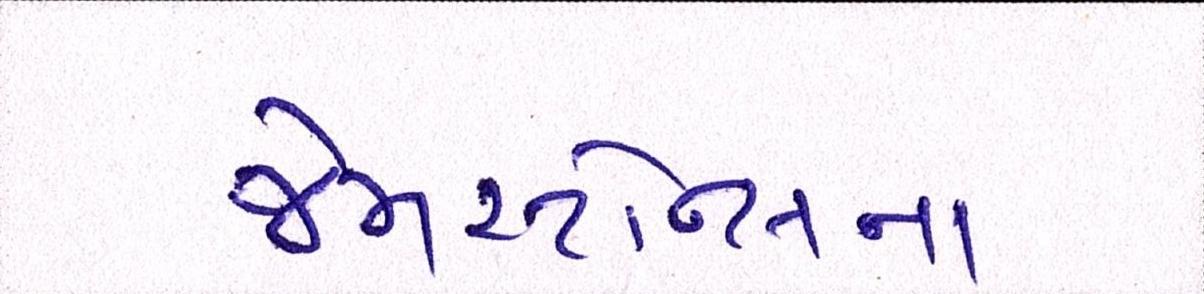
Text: જેમસ્ટોન્સના